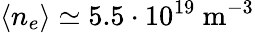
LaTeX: \langle n_{e}\rangle\simeq 5.5\cdot 10^{19}~\mathrm{m}^{-3}